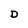
Character: D